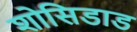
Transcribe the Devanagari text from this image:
शोसिडाड